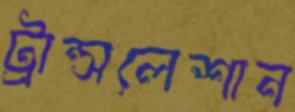
ট্রান্সলেশান